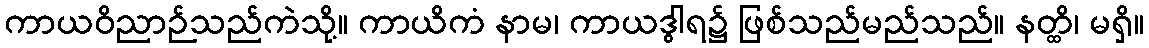
ကာယဝိညာဉ်သည်ကဲသို့။ ကာယိကံ နာမ၊ ကာယဒွါရ၌ ဖြစ်သည်မည်သည်။ နတ္ထိ၊ မရှိ။